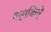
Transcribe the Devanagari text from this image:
वर्मकिर्रे